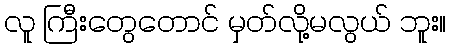
လူ ကြီးတွေတောင် မှတ်လို့မလွယ် ဘူး။